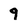
Character: 9